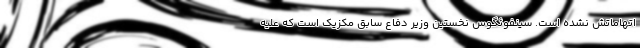
اتهاماتش نشده است. سینفوئگوس نخستین وزیر دفاع سابق مکزیک است که علیه